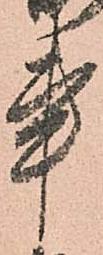
事